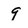
Character: 9